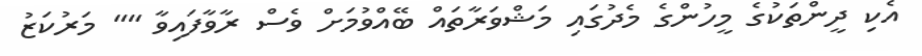
އެކި ދީންތަކުގެ މީހުންގެ މެދުގައި މަޝްވަރާތައް ބޭއްވުމަށް ވެސް ރާވާފައިވާ "" މަރުކަޒު